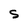
Character: s